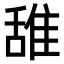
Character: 𫕛